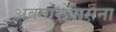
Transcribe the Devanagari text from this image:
अवतारोपासना